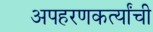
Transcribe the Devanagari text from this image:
अपहरणकर्त्यांची